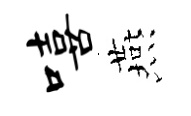
嘻燕